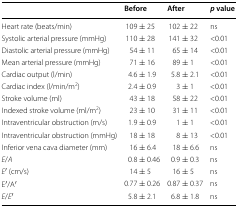
|  | Before | After | p value |
 | --- | --- | --- | --- |
 | Heart rate (beats/min) | 109 ± 25 | 102 ± 22 | ns |
 | Systolic arterial pressure (mmHg) | 110 ± 28 | 141 ± 32 | <0.01 |
 | Diastolic arterial pressure (mmHg) | 54 ± 11 | 65 ± 14 | <0.01 |
 | Mean arterial pressure (mmHg) | 71 ± 16 | 89 ± 1 | <0.01 |
 | Cardiac output (l/min) | 4.6 ± 1.9 | 5.8 ± 2.1 | <0.01 |
 | Cardiac index (l/min/m2) | 2.4 ± 0.9 | 3 ± 1 | <0.01 |
 | Stroke volume (ml) | 43 ± 18 | 58 ± 22 | <0.01 |
 | Indexed stroke volume (ml/m2) | 23 ± 10 | 31 ± 11 | <0.01 |
 | Intraventricular obstruction (m/s) | 1.9 ± 0.9 | 1 ± 1 | <0.01 |
 | Intraventricular obstruction (mmHg) | 18 ± 18 | 8 ± 13 | <0.01 |
 | Inferior vena cava diameter (mm) | 16 ± 6.4 | 18 ± 6.6 | ns |
 | E/A | 0.8 ± 0.46 | 0.9 ± 0.3 | ns |
 | E′ (cm/s) | 14 ± 5 | 16 ± 5 | ns |
 | E′/A′ | 0.77 ± 0.26 | 0.87 ± 0.37 | ns |
 | E/E′ | 5.8 ± 2.1 | 6.8 ± 1.8 | ns |